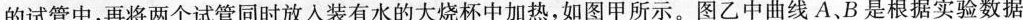
的试管中，再将两个试管同时放入装有水的大烧杯中加热，如图甲所示。图乙中曲线A、B是根据实验数据